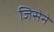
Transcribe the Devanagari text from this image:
जिसेने